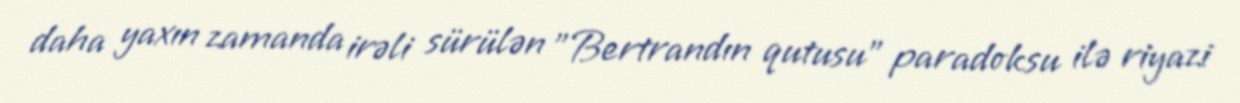
daha yaxın zamanda irəli sürülən "Bertrandın qutusu" paradoksu ilə riyazi